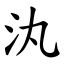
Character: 汍